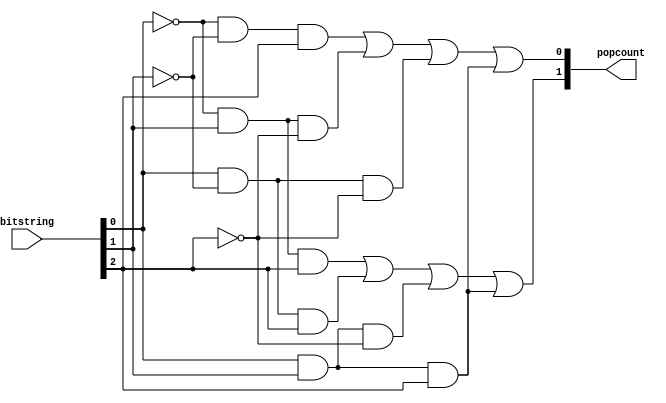
module Popcount(
  input [2:0] bitstring,
  output [1:0] popcount
);
  reg [1:0] popcount;

  reg a;
  reg b;
  reg c;

  reg y;
  reg z;

  always @( * ) begin
    a = bitstring[0];
    b = bitstring[1];
    c = bitstring[2];
    y = (!a & b & c) || (a & !b & c) || (a & b & !c) || (a & b & c);
    z = (!a & !b & c) || (!a & b & !c) || (a & !b & !c) || (a & b & c);
    popcount[0] = z;
    popcount[1] = y;
  end

endmodule